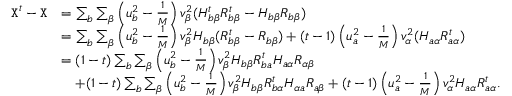
\begin{array} { r l } { { \texttt X } ^ { t } - { \texttt X } } & { = \sum _ { b } \sum _ { \beta } \left( u _ { b } ^ { 2 } - \frac 1 { M } \right) v _ { \beta } ^ { 2 } ( H _ { b \beta } ^ { t } R _ { b \beta } ^ { t } - H _ { b \beta } R _ { b \beta } ) } \\ & { = \sum _ { b } \sum _ { \beta } \left( u _ { b } ^ { 2 } - \frac 1 { M } \right) v _ { \beta } ^ { 2 } H _ { b \beta } ( R _ { b \beta } ^ { t } - R _ { b \beta } ) + ( t - 1 ) \left( u _ { a } ^ { 2 } - \frac 1 { M } \right) v _ { \alpha } ^ { 2 } ( H _ { a \alpha } R _ { a \alpha } ^ { t } ) } \\ & { = ( 1 - t ) \sum _ { b } \sum _ { \beta } \left( u _ { b } ^ { 2 } - \frac 1 { M } \right) v _ { \beta } ^ { 2 } H _ { b \beta } R _ { b a } ^ { t } H _ { a \alpha } R _ { \alpha \beta } } \\ & { ~ ~ ~ + ( 1 - t ) \sum _ { b } \sum _ { \beta } \left( u _ { b } ^ { 2 } - \frac 1 { M } \right) v _ { \beta } ^ { 2 } H _ { b \beta } R _ { b \alpha } ^ { t } H _ { \alpha a } R _ { a \beta } + ( t - 1 ) \left( u _ { a } ^ { 2 } - \frac 1 { M } \right) v _ { \alpha } ^ { 2 } H _ { a \alpha } R _ { a \alpha } ^ { t } . } \end{array}